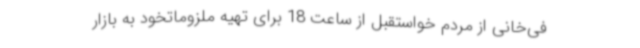
فی‌خانی از مردم خواستقبل از ساعت 18 برای تهیه ملزوماتخود به بازار